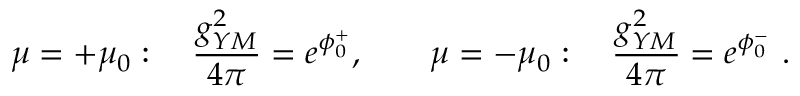
\mu = + \mu _ { 0 } : \quad { \frac { g _ { Y M } ^ { 2 } } { 4 \pi } } = e ^ { \phi _ { 0 } ^ { + } } , \quad \quad \mu = - \mu _ { 0 } : \quad { \frac { g _ { Y M } ^ { 2 } } { 4 \pi } } = e ^ { \phi _ { 0 } ^ { - } } \ .